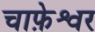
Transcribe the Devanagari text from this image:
चाफ़ेश्वर